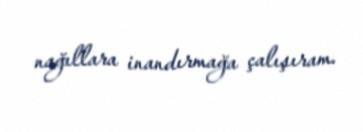
nağıllara inandırmağa çalışıram.